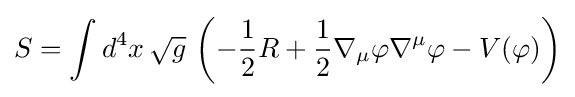
S=\int d^{4}x\,{\sqrt {g}}\,\left(-{\frac {1}{2}}R+{\frac {1}{2}}\nabla _{\mu }\varphi \nabla ^{\mu }\varphi -V(\varphi )\right)